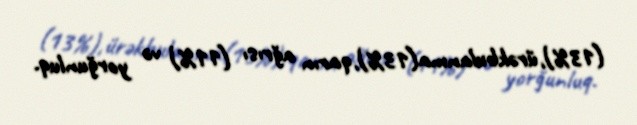
(13%),ürəkbulanma(13%),qarın ağrısı (11%) və yorğunluq.